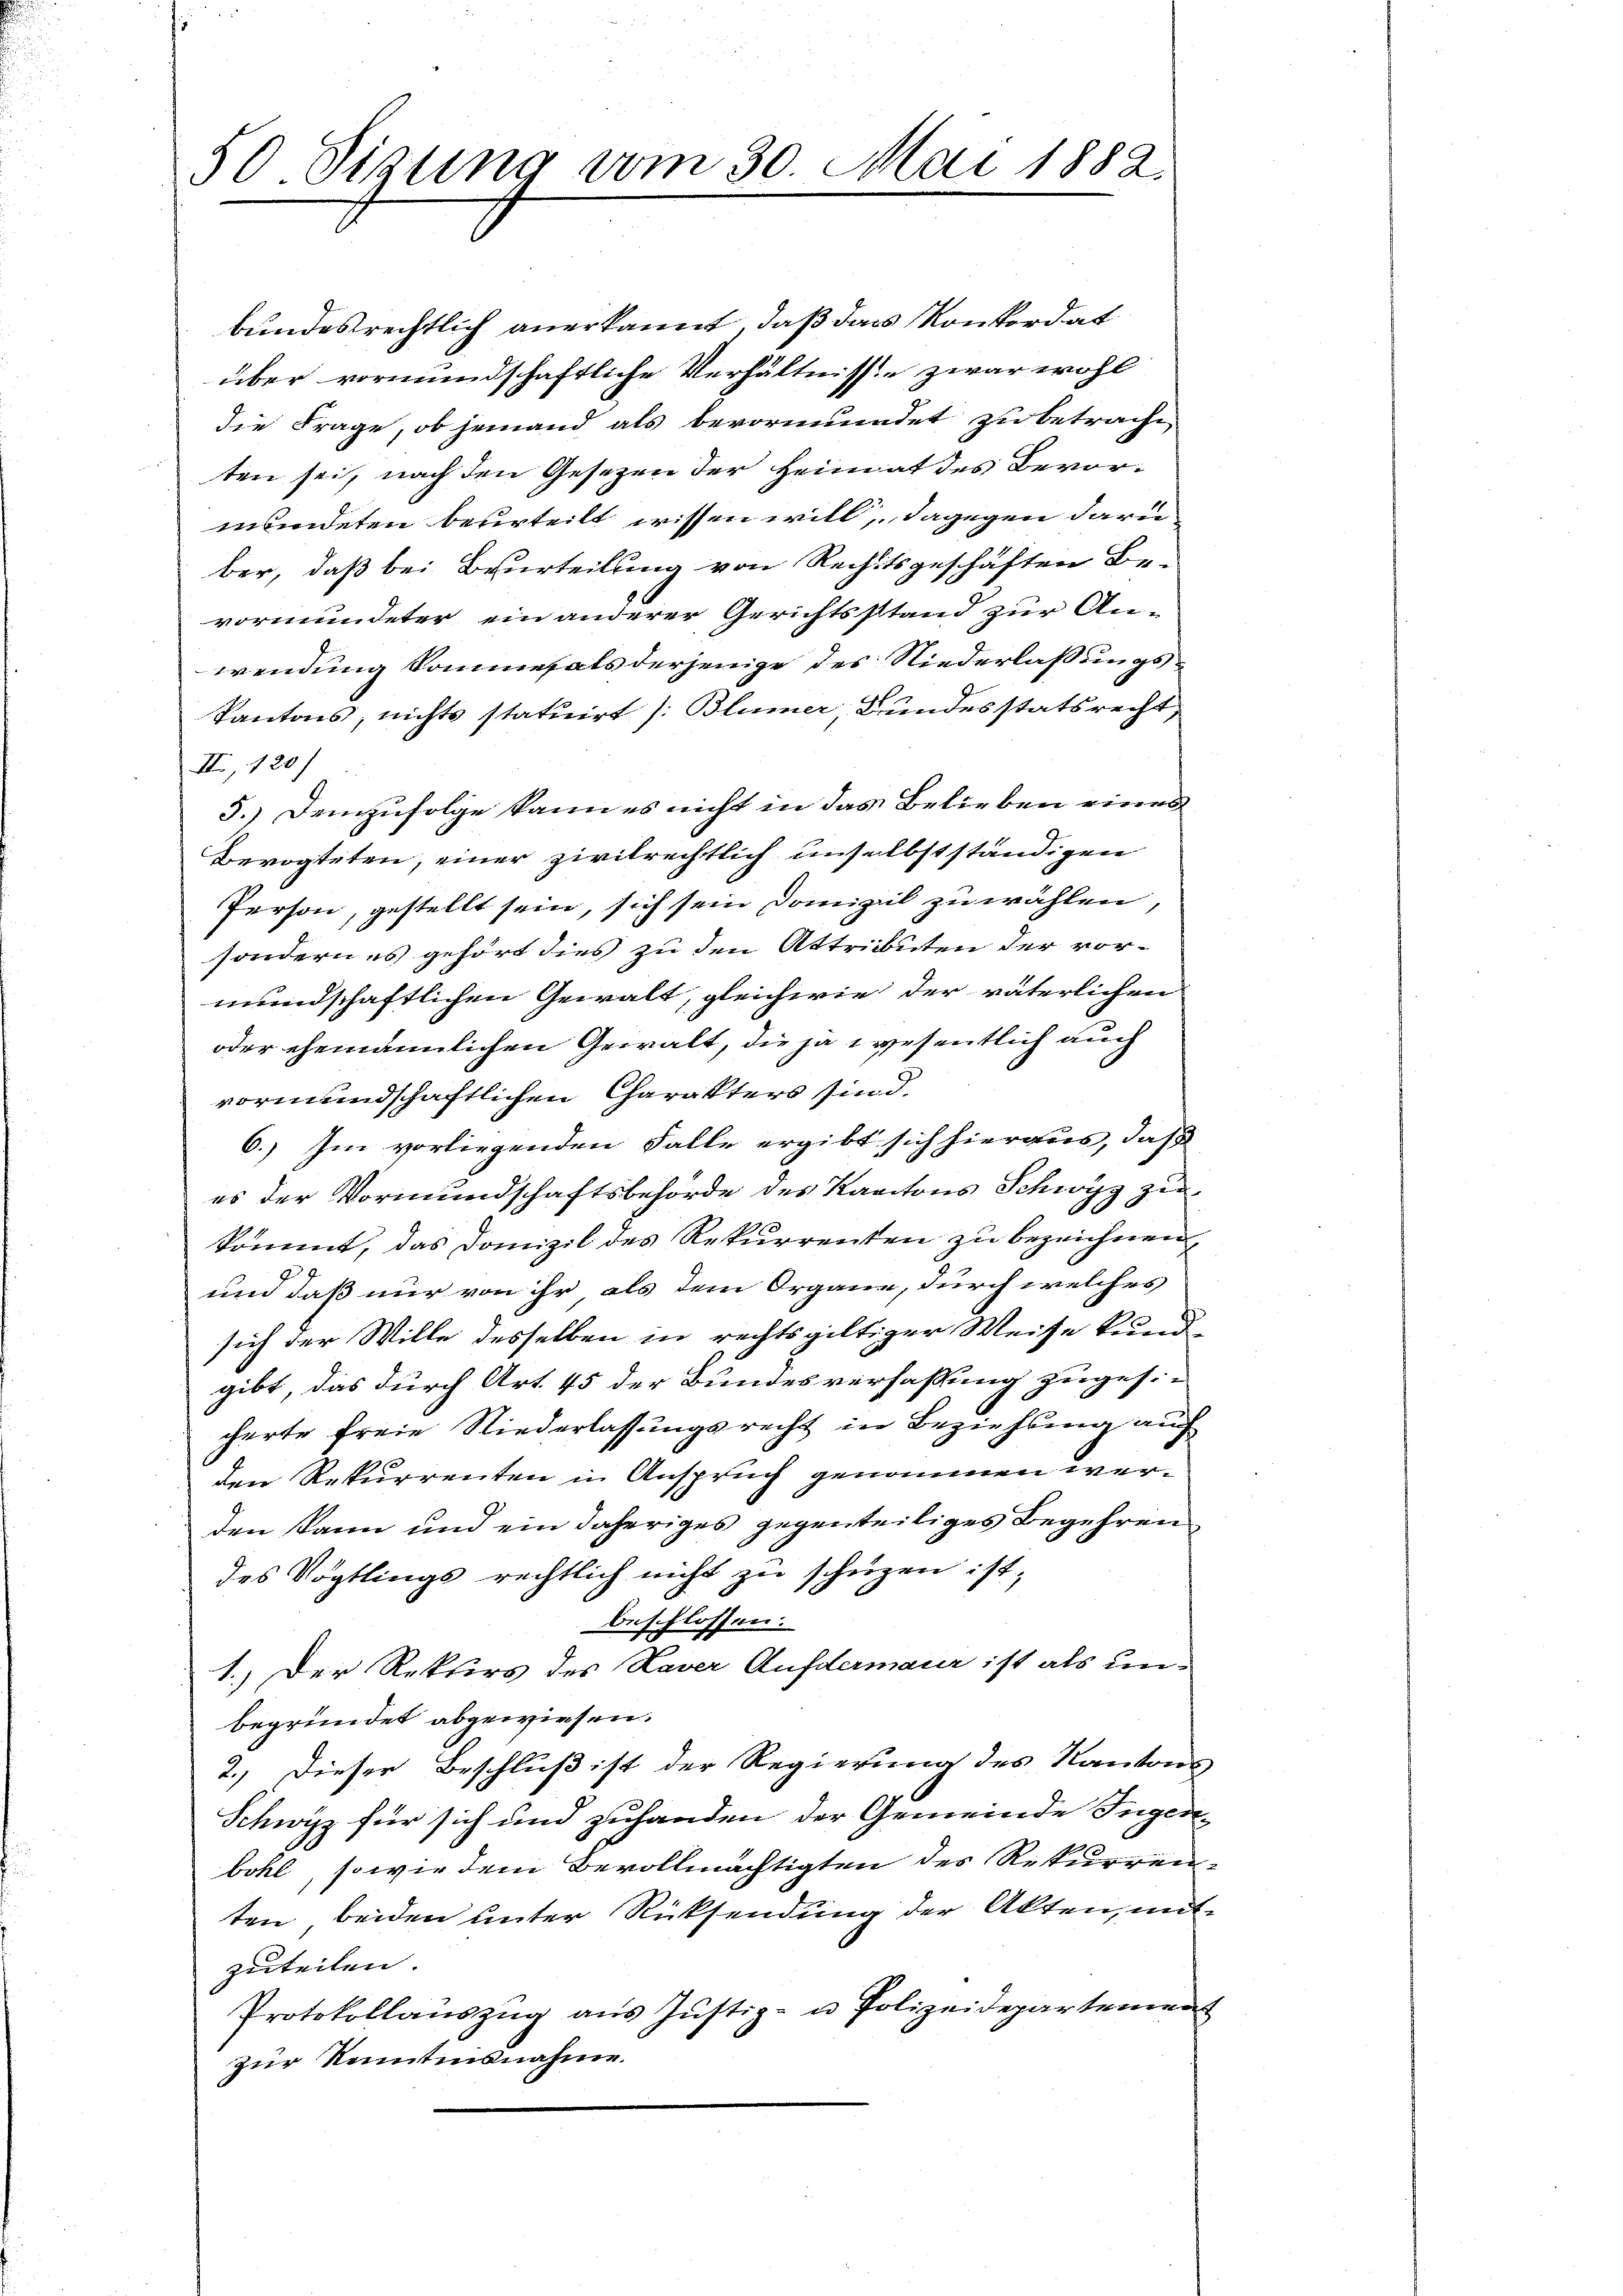
50. Sizung vom 30. Mai 1882.

bundesrechtlich anerkannt, daß das Konkordat
über vormundschaftliche Verhältnisse zwar wohl
die Frage, ob jemand als bevormundet zu betracht
ten sei, nach den Gesezen der Heimat des Bevormundeten beurteilt wissen will, dagegen darde
ber, daß bei Beurteilung von Rechtsgeschäften Be-
vormundeter ein anderer Gerichtsstand zur An-
wendung Sommesals derjenige des Niederlassungs¬
Kantons, nichts statuirt /: Blümer, Bundesstatsrecht,
II, 120)
5.) Demzufolge kann es nicht in das Belieben eines
Bevogteten, einer zivilrechtlich unselbstständigen
Person, gestellt sein, sich sein Domizil zu wählen,
sondern es gehört dies zu den Attributen der vormundschaftlichen Gewalt, gleichwie der väterlichen
oder ehemännlichen Gewalt, die ja wesentlich auch
vormundschaftlichen Charakters sind.
6.) Im vorliegenden Falle ergibt sich hieraus, daß
es der Vormundschaftsbehörde des Kantons Schwyz zukommt, das Domizil des Rekurrenten zu bezeichnen,
und daß nur von ihr als dem Organe, durch welches
sich der Wille desselben in rechtsgültiger Weise kund-
gibt, das durch Art. 45 der Bundesverfassung zuges.-
cherte freie Niederlassungsrecht in Beziehung auch
den Rekurrenten in Anspruch genommen werden kann und ein daheriges gegenteiliges Begehren
des Vögtlings rechtlich nicht zu schüzen ist,
beschlossen.
1.) Der Rekurs des Kaver Aufdermaur ist als unbegründet abgewiesen.
2.) Dieser Beschluß ist der Regierung des Kantons
Schwyz für sich und zuhanden der Gemeinde Ingen-
bohl, sowie dem Bevollmächtigten des Rekurrenten beiden unter Rücksendung der Akten, mit
zuteilen.
Protokollaŭszŭg aŭs Jŭstiz- u Polizeidepartemen
zur Kenntensnahme.